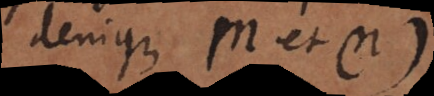
denique m et µ),